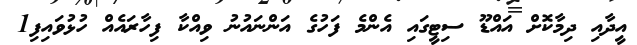
އީދާއި ދިމާކޮށް އައްޑޫ ސިޓީގައި އެންމެ ފަހުގެ އަންނައުނު ވިއްކާ ފިހާރައެއް ހުޅުވައިފި1